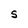
Character: S